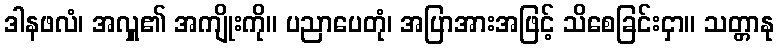
ဒါနဖလံ၊ အလှူ၏ အကျိုးကို။ ပညာပေတုံ၊ အပြာအားအဖြင့် သိစေခြင်းငှာ။ သတ္တာနု